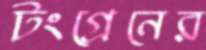
টংগ্রেনের